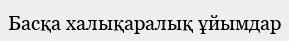
Басқа халықаралық ұйымдар